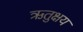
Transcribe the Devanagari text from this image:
ऋतुक्षय